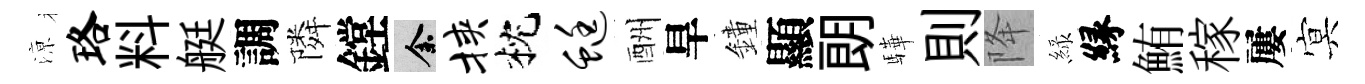
鿌珞料艇調隣鏜余挟枕蜓酬旱鐘顯朗驊則降緑縁鮪稼屢㝠